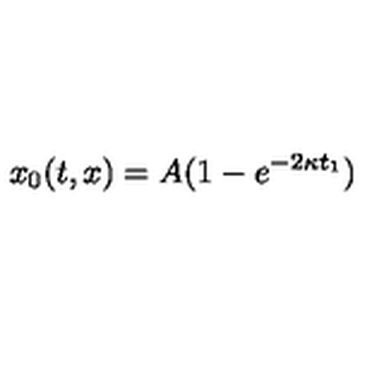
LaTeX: x _ { 0 } ( t , x ) = A ( 1 - e ^ { - 2 \kappa t _ { 1 } } )